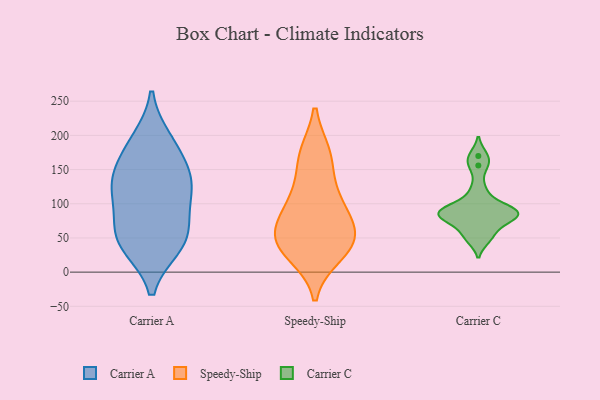
{"axis": {"x": "Market Share (%)", "y": "Value"}, "legend": ["Carrier A", "Carrier C", "Speedy-Ship"], "data": [{"x": "", "y": 193, "type": "Carrier A"}, {"x": "", "y": 126, "type": "Carrier A"}, {"x": "", "y": 42, "type": "Carrier A"}, {"x": "", "y": 128, "type": "Carrier A"}, {"x": "", "y": 65, "type": "Carrier A"}, {"x": "", "y": 111, "type": "Carrier A"}, {"x": "", "y": 135, "type": "Carrier A"}, {"x": "", "y": 185, "type": "Carrier A"}, {"x": "", "y": 38, "type": "Carrier A"}, {"x": "", "y": 76, "type": "Carrier A"}, {"x": "", "y": 41, "type": "Carrier A"}, {"x": "", "y": 155, "type": "Carrier A"}, {"x": "", "y": 171, "type": "Speedy-Ship"}, {"x": "", "y": 51, "type": "Speedy-Ship"}, {"x": "", "y": 114, "type": "Speedy-Ship"}, {"x": "", "y": 27, "type": "Speedy-Ship"}, {"x": "", "y": 40, "type": "Speedy-Ship"}, {"x": "", "y": 83, "type": "Speedy-Ship"}, {"x": "", "y": 169, "type": "Speedy-Ship"}, {"x": "", "y": 53, "type": "Speedy-Ship"}, {"x": "", "y": 45, "type": "Speedy-Ship"}, {"x": "", "y": 97, "type": "Speedy-Ship"}, {"x": "", "y": 156, "type": "Carrier C"}, {"x": "", "y": 90, "type": "Carrier C"}, {"x": "", "y": 76, "type": "Carrier C"}, {"x": "", "y": 89, "type": "Carrier C"}, {"x": "", "y": 93, "type": "Carrier C"}, {"x": "", "y": 83, "type": "Carrier C"}, {"x": "", "y": 55, "type": "Carrier C"}, {"x": "", "y": 170, "type": "Carrier C"}, {"x": "", "y": 120, "type": "Carrier C"}, {"x": "", "y": 79, "type": "Carrier C"}, {"x": "", "y": 49, "type": "Carrier C"}, {"x": "", "y": 88, "type": "Carrier C"}]}